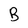
Character: B